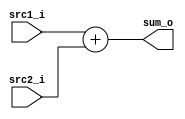
//Subject:     CO project 2 - Adder
//--------------------------------------------------------------------------------
//Version:     1
//--------------------------------------------------------------------------------
//Writer:      Luke
//----------------------------------------------
//----------------------------------------------
//Description: 
//--------------------------------------------------------------------------------

module Adder(
		src1_i,
		src2_i,
		sum_o
		);
     
//I/O ports
input		[32-1:0]	src1_i;
input		[32-1:0]	src2_i;
output	[32-1:0]	sum_o;

//Internal Signals
wire		[32-1:0]	sum_o;

//Parameter
   
//Main function
assign sum_o = src1_i + src2_i;
endmodule